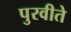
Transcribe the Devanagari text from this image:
पुरवीते